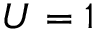
U = 1